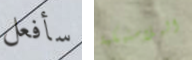
سأفعل البلاستيكية